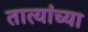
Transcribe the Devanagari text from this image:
तात्यांच्या